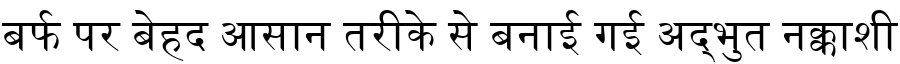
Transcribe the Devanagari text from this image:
बर्फ पर बेहद आसान तरीके से बनाई गई अद्भुत नक्काशी